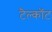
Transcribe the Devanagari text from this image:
टैल्कॉट